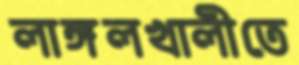
লাঙ্গলখালীতে